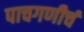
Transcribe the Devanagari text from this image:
पाचगणीचं